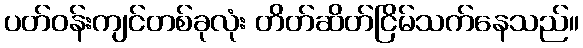
ပတ်ဝန်းကျင်တစ်ခုလုံး တိတ်ဆိတ်ငြိမ်သက်နေသည်။